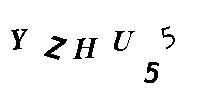
YZHU55